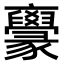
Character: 𠆟